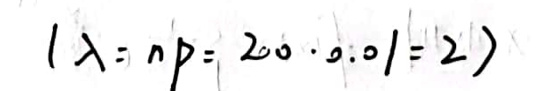
\[ (\lambda = np = 200\cdot0.01 = 2) \]